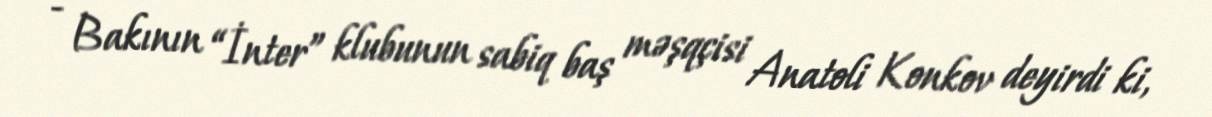
- Bakının “İnter” klubunun sabiq baş məşqçisi Anatoli Konkov deyirdi ki,